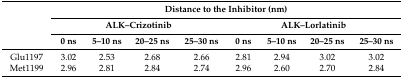
|  | <COLSPAN=8> Distance to the Inhibitor (nm) |
 | <ROWSPAN=2>  | <COLSPAN=4> ALK–Crizotinib | <COLSPAN=4> ALK–Lorlatinib |
 | 0 ns | 5–10 ns | 20–25 ns | 25–30 ns | 0 ns | 5–10 ns | 20–25 ns | 25–30 ns |
 | --- | --- | --- | --- | --- | --- | --- | --- | --- |
 | Glu1197 | 3.02 | 2.53 | 2.68 | 2.66 | 2.81 | 2.94 | 3.02 | 3.02 |
 | Met1199 | 2.96 | 2.81 | 2.84 | 2.74 | 2.96 | 2.60 | 2.70 | 2.84 |